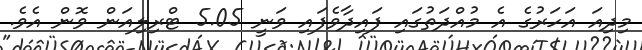
މިދިއަ އަހަރުގެ އެ މުއްދަތުގައި ފައިދާވެފައި ވަނީ 5.05 ޓްރިލިއަން ވޮން އެވެ.